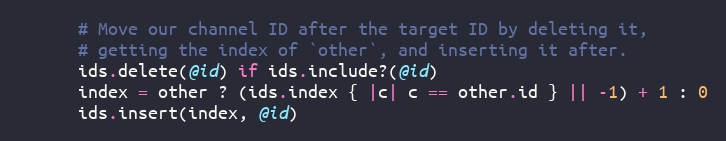
Language: Ruby
      # Move our channel ID after the target ID by deleting it,
      # getting the index of `other`, and inserting it after.
      ids.delete(@id) if ids.include?(@id)
      index = other ? (ids.index { |c| c == other.id } || -1) + 1 : 0
      ids.insert(index, @id)